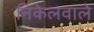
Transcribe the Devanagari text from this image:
निकेलवाले